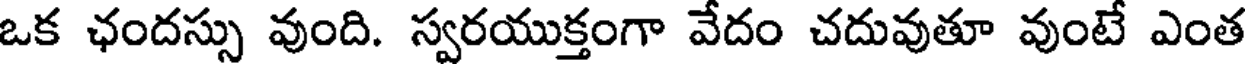
ఒక ఛందస్సు వుంది. స్వరయుక్తంగా వేదం చదువుతూ వుంటే ఎంత